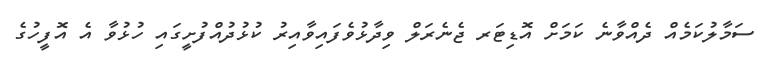
ސަމާލުކަމެއް ދެއްވާނެ ކަމަށް އޮޑިޓަރ ޖެނެރަލް ވިދާޅުވެފައިވާއިރު ކުޅުދުއްފުށީގައި ހުޅުވާ އެ އޮފީހުގެ